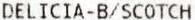
DELICIA-B/SCOTCH